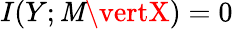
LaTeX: I(Y;\mathit{M}\vertX)=0